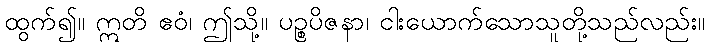
ထွက်၍။ ဣတိ ဧဝံ၊ ဤသို့။ ပဉ္စပိဇနာ၊ ငါးယောက်သောသူတို့သည်လည်း။